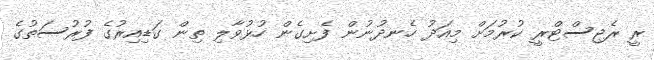
ރީ ރެޖިސްޓްރީ ކުރުމަށް މިއަދު ހެނދުނުން ފެށިގެން ހުޅުވާލި ތިން ގަޑިއިރުގެ ފުރުސަތުގެ